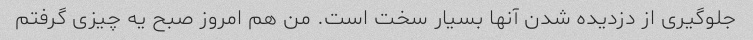
جلوگیری از دزدیده شدن آنها بسیار سخت است. من هم امروز صبح یه چیزی گرفتم